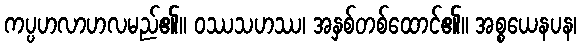
ကပ္ပဟလာဟလမည်၏။ ဝဿသဟဿ၊ အနှစ်တစ်ထောင်၏။ အစ္စယေနပန၊